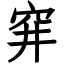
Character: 穽